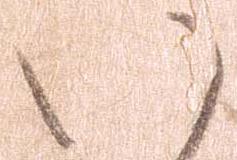
い